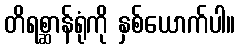
တိရစ္ဆာန်ရုံကို နှစ်ယောက်ပါ။